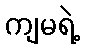
ကျမရဲ့